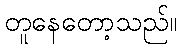
တူနေတော့သည်။